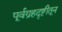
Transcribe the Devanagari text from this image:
पूर्वग्रहदृष्टीतून